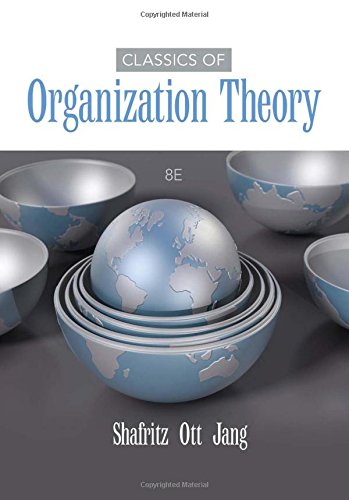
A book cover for Classics of Organization Theory; Jay M. Shafritz; Business & Money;